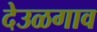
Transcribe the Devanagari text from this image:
देउळगाव